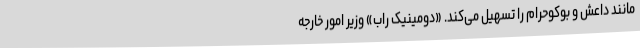
مانند داعش و بوکوحرام را تسهیل می‌کند. «دومینیک راب» وزیر امور خارجه